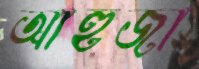
আহুজা